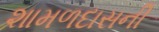
શામળદાસની